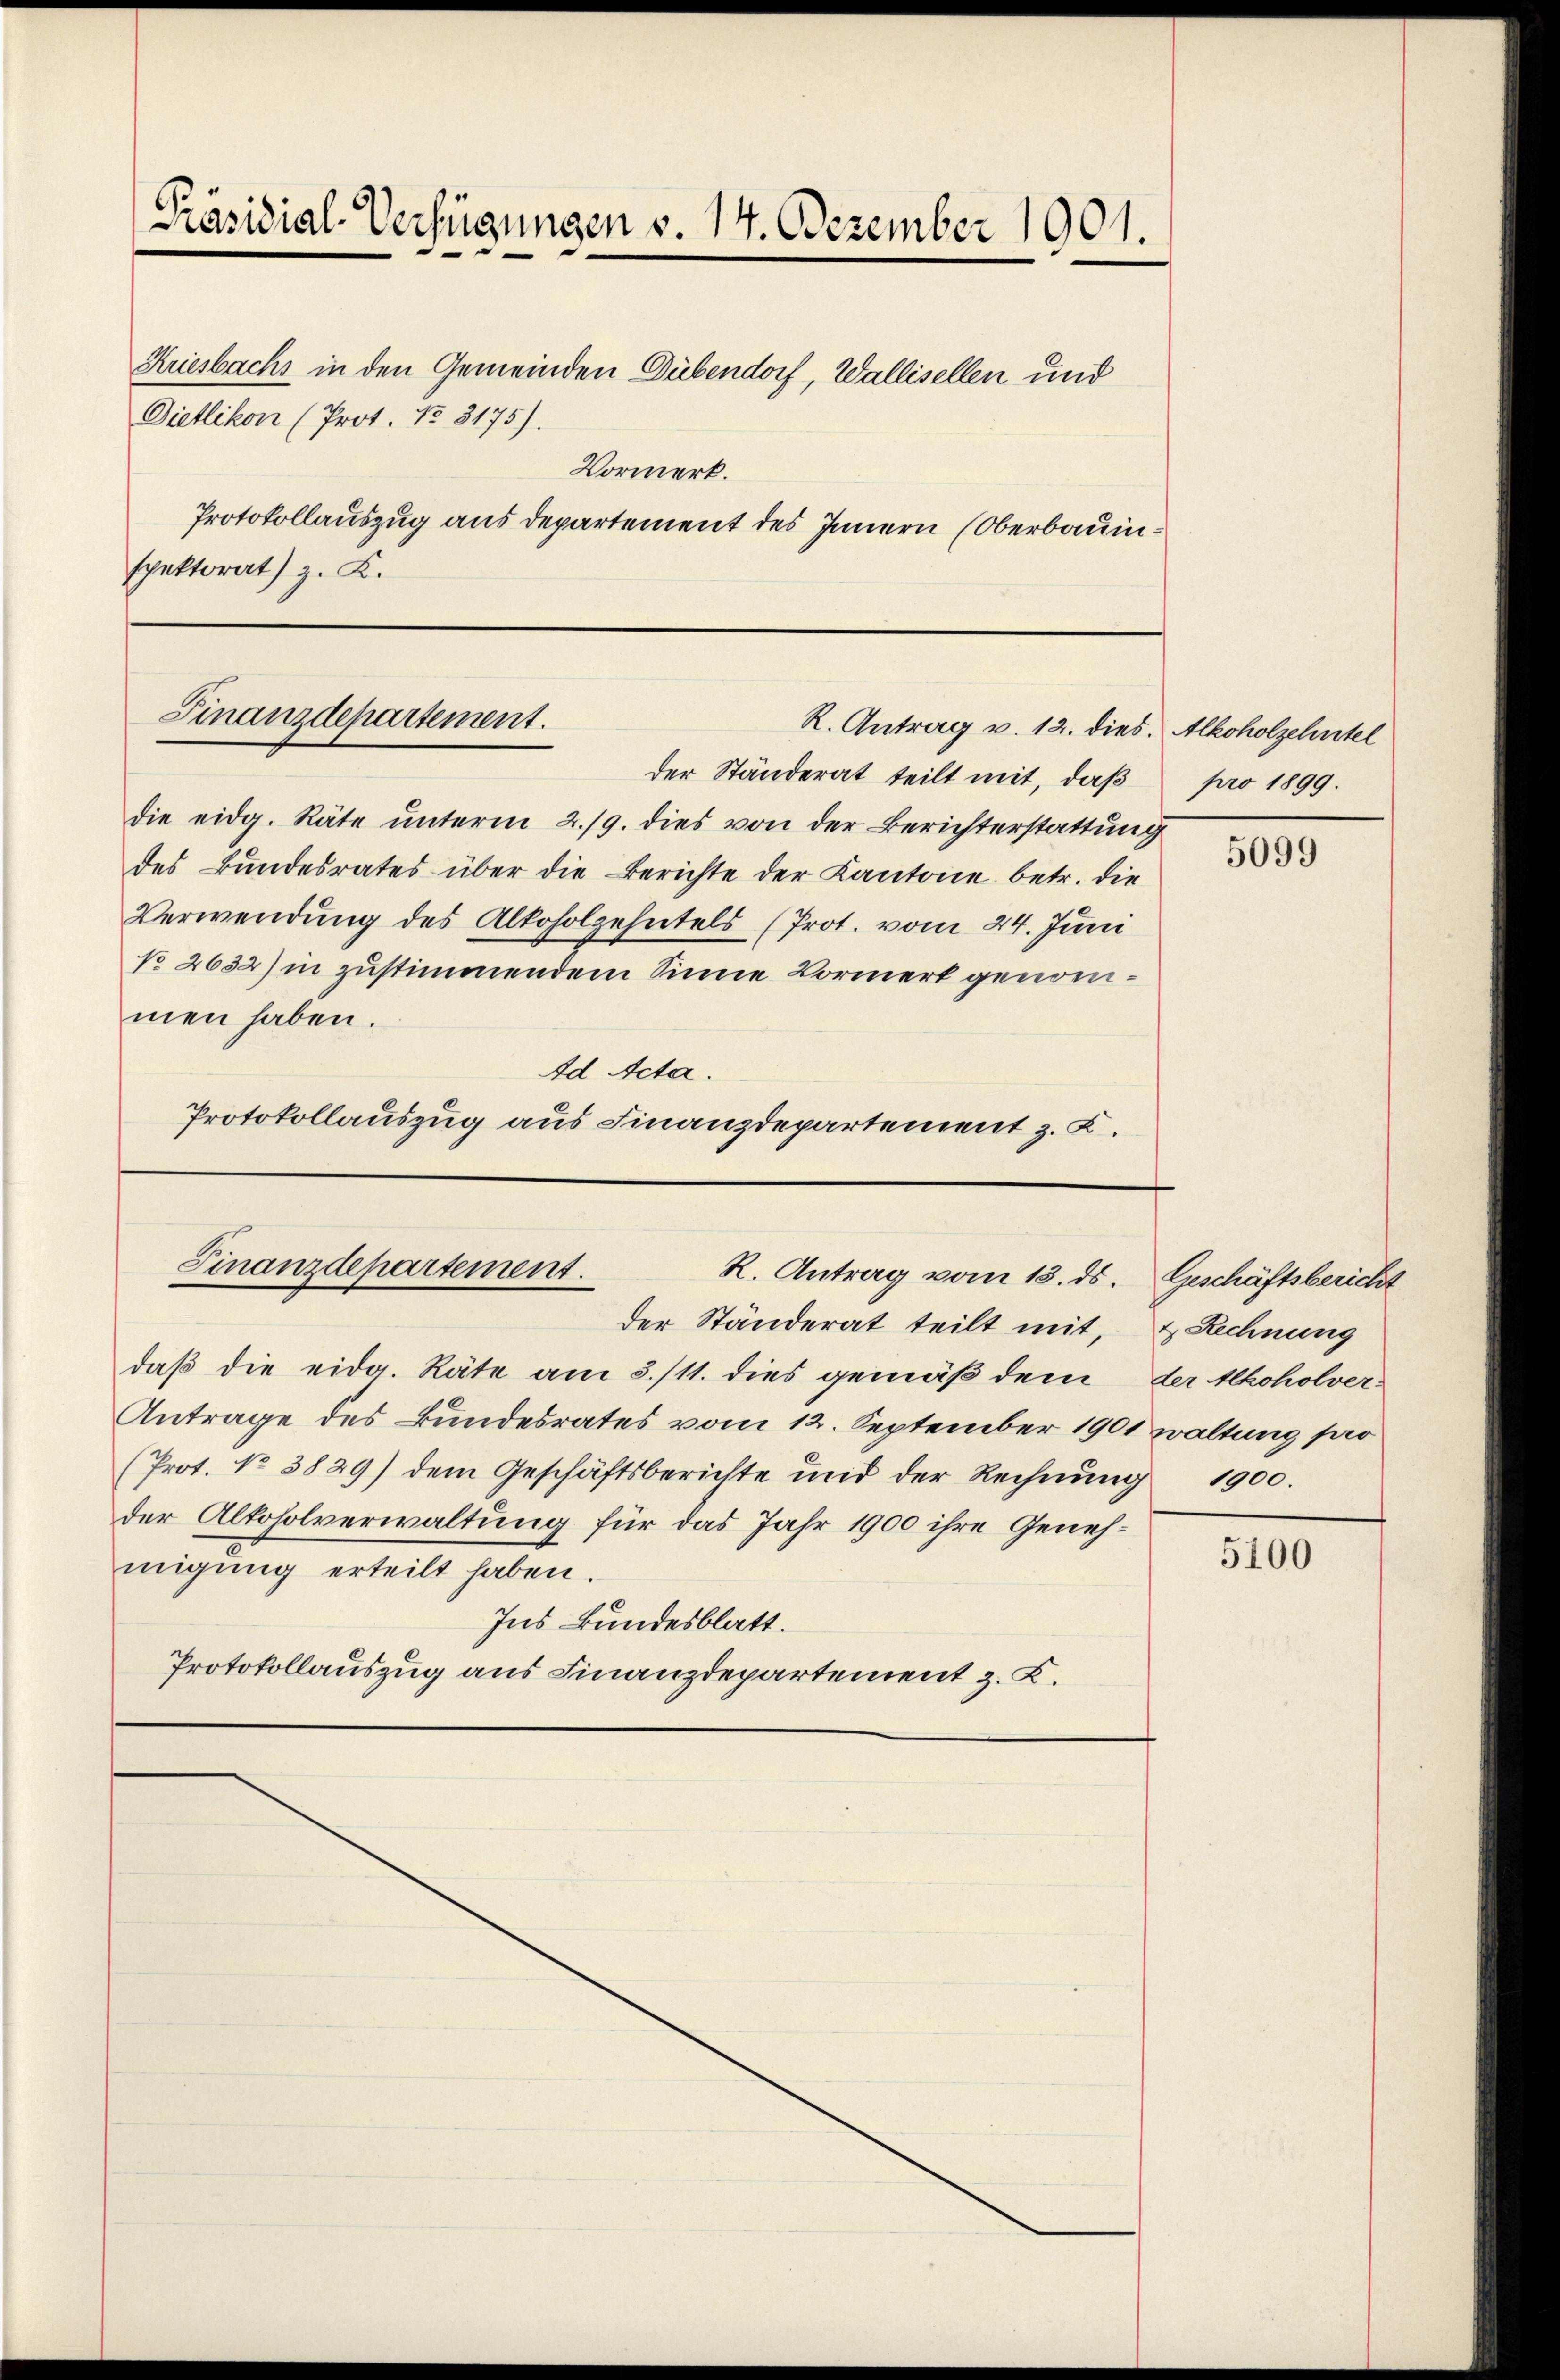
Präsidial-Verfügungen v. 14. Dezember 1901.

Kresbachs in den Gemeinden Dübendorf, Wallisellen und
Dietlikon (Prot. No. 3175).
Vormerk.
Protokollauszug aus departement des Innern (Oberbauinspektorat) z. K.

Finanzdepartement.
R. Antrag v. 12. dies. Alkoholzehntel

die eidg. Räte unterm 2./9. dies von der Berichterstattung
des Bundesrates über die Berichte der Kantone betr. die
Verwendung des Alkoholzehntels (Prot. vom 24. Juni
No 2632) in zustimmendem Sinne Vormerk genommen haben.
Ad Acta.
Protokollauszug aus Finanzdepartement z. K.

der Ständerat teilt mit, daβ pro 1899.

Finanzdepartement.
R. Antrag vom 13. ds.

Antrage des Bundesrates vom 12. September 1901 waltung pro
(Prot. No 3829) dem Geschäftsberichte und der Rechnung 1900.
der Altoholverwaltung für das Jahr 1900 ihre Genehmigung erteilt haben.
Ins Bundesblatt.
Protokollauszug aus Finanzdepartement z. K.

der Ständerat teilt mit, & Rechnung
daß die eidg. Räte am 3./11. dies gemäß dem der thoholver¬

5099

Geschäftsbericht

5100